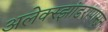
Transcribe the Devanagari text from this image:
अलेक्स्झांडरापासून